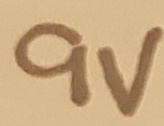
Text: 9V